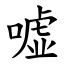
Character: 嘘